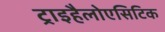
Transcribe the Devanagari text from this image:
ट्राइहैलोएसिटिक